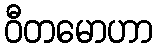
ဝီတမောဟာ